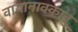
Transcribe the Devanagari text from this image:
वायानाक्कावु